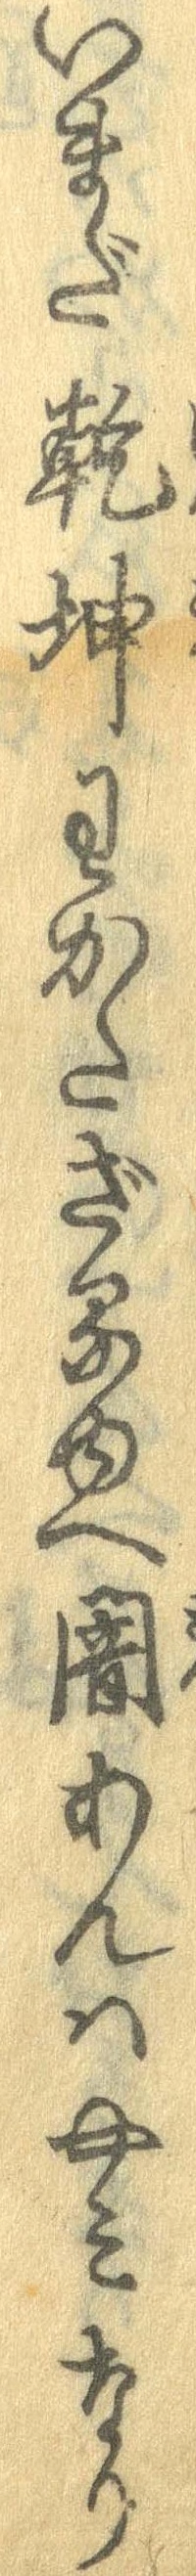
いまだ乾坤わかたざるゆへ闇あんはやみなり